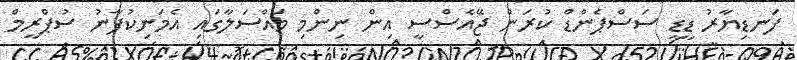
ފަނޑިޔާރު ޑީޑީ ސަސްޕެންޑް ކުރަން ޖޭއެސްސީ އިން ނިންމި މައްސަލާގައި އެމަނިކުފާނު ސުޕްރީމް